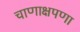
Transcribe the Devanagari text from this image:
चाणाक्षपणा